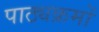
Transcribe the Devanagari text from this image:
पाठ्यक्रमोँ